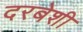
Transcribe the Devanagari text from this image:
दरबेशी